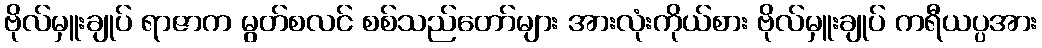
ဗိုလ်မှူးချုပ် ရာဇာက မွတ်စလင် စစ်သည်တော်များ အားလုံးကိုယ်စား ဗိုလ်မှူးချုပ် ကရီယပ္ပအား